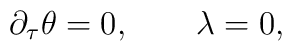
\partial_\tau\theta=0, \qquad \lambda=0,